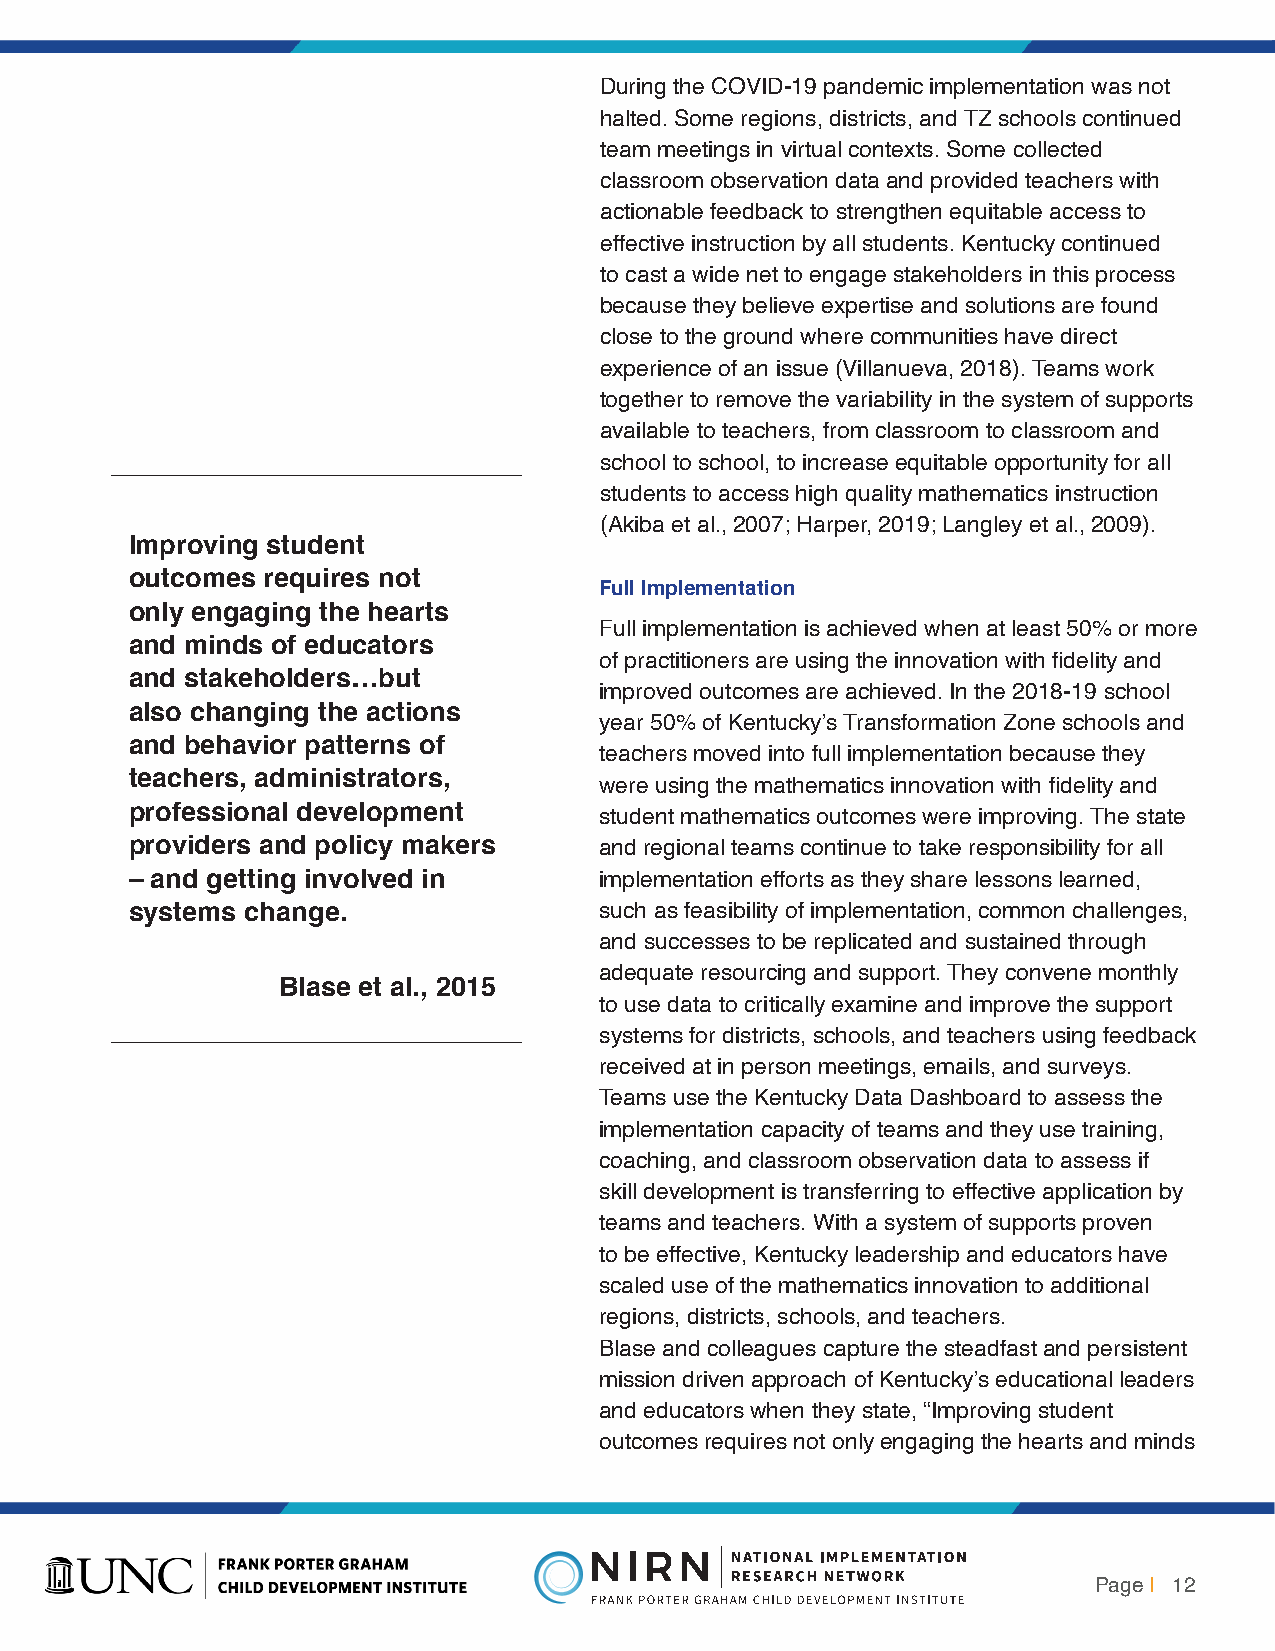
During the COVID-19 pandemic implementation was not
 halted. Some regions, districts, and TZ schools continued
 team meetings in virtual contexts. Some collected
 classroom observation data and provided teachers with
 actionable feedback to strengthen equitable access to
 effective instruction by all students. Kentucky continued
 to cast a wide net to engage stakeholders in this process
 because they believe expertise and solutions are found
 close to the ground where communities have direct
 experience of an issue (Villanueva, 2018). Teams work
 together to remove the variability in the system of supports
 available to teachers, from classroom to classroom and
 school to school, to increase equitable opportunity for all
 students to access high quality mathematics instruction
 (Akiba et al., 2007; Harper, 2019; Langley et al., 2009).
 Improving student
 outcomes requires not
 Full Implementation
 only engaging the hearts
 Full implementation is achieved when at least 50% or more
 and minds of educators
 of practitioners are using the innovation with fidelity and
 and stakeholders…but
 improved outcomes are achieved. In the 2018-19 school
 also changing the actions
 year 50% of Kentucky’s Transformation Zone schools and
 and behavior patterns of
 teachers moved into full implementation because they
 teachers, administrators,
 were using the mathematics innovation with fidelity and
 professional development       student mathematics outcomes were improving. The state
 providers and policy makers    and regional teams continue to take responsibility for all
 – and getting involved in      implementation efforts as they share lessons learned,
 systems change.                such as feasibility of implementation, common challenges,
 and successes to be replicated and sustained through
 adequate resourcing and support. They convene monthly
 Blase et al., 2015
 to use data to critically examine and improve the support
 systems for districts, schools, and teachers using feedback
 received at in person meetings, emails, and surveys.
 Teams use the Kentucky Data Dashboard to assess the
 implementation capacity of teams and they use training,
 coaching, and classroom observation data to assess if
 skill development is transferring to effective application by
 teams and teachers. With a system of supports proven
 to be effective, Kentucky leadership and educators have
 scaled use of the mathematics innovation to additional
 regions, districts, schools, and teachers.
 Blase and colleagues capture the steadfast and persistent
 mission driven approach of Kentucky’s educational leaders
 and educators when they state, “Improving student
 outcomes requires not only engaging the hearts and minds
 Page | 12